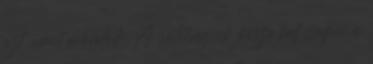
azt, amit mondok. A sötétségnek össze kell csapni a